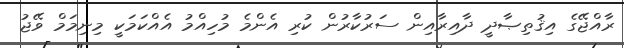
ރާއްޖޭގެ އިޤުތިޞާދީ ދާއިރާއިން ސަރުކާރުން ކުރި އެންމެ މުހިއްމު އެއްކަމަކީ މިނިމަމް ވޭޖު